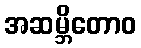
အဆမ္ဘိတောဝ